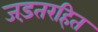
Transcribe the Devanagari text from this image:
जड़तरहित